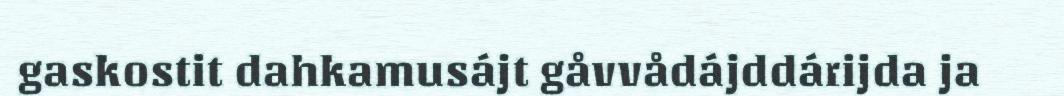
gaskostit dahkamusájt gåvvådájddárijda ja